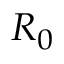
R _ { 0 }